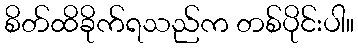
စိတ်ထိခိုက်ရသည်က တစ်ပိုင်းပါ။